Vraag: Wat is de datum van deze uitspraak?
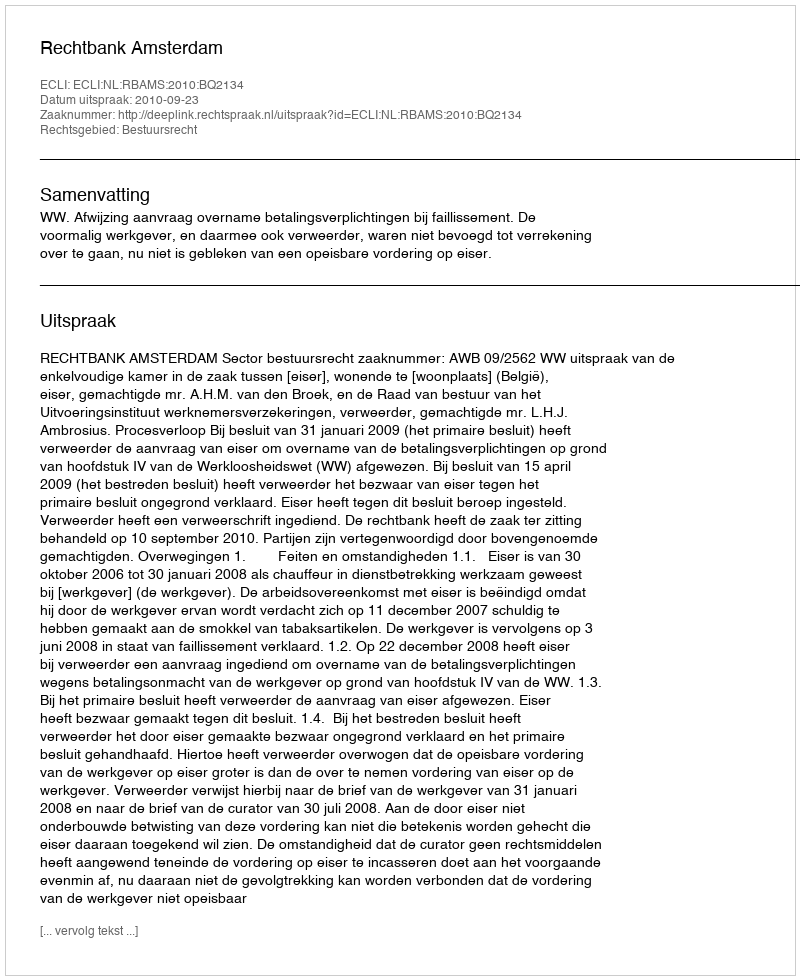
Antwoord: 2010-09-23